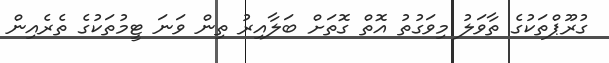
ގުރޫޕްތަކުގެ ތާވަލު މިވަގުތު އޮތް ގޮތަށް ބަލާއިރު ތިން ވަނަ ޓީމުތަކުގެ ތެރެއިން